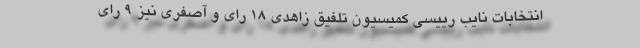
انتخابات نایب رییسی کمیسیون‌ تلفیق زاهدی ۱۸ رای و آصفری نیز ٩ رای